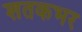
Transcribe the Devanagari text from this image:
शतकभर